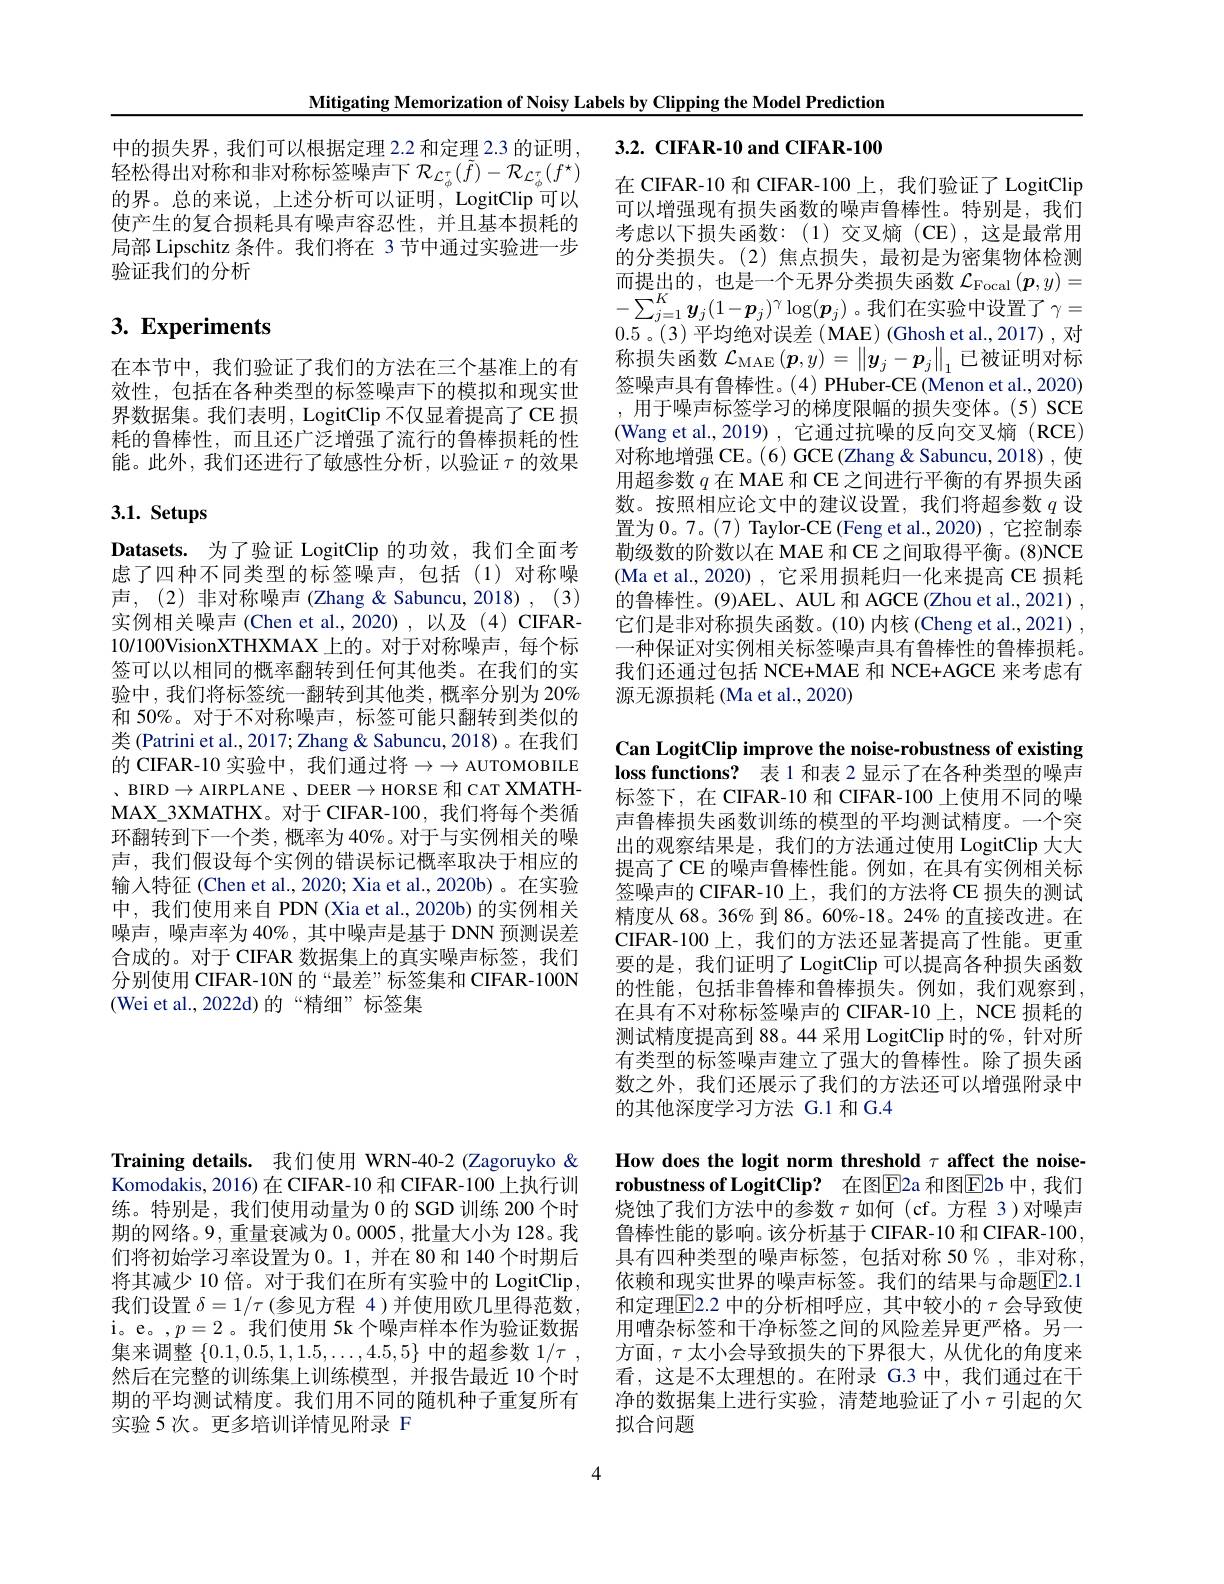
Mitigating Memorization of Noisy Labels by Clipping the Model Prediction

# 中的损失界，我们可以根据定理 2.2 和定理 2.3 的证明，3.2. CIFAR-10 and CIFAR-100

轻松得出对称和非对称标签噪声下$\mathcal{R}_{\mathcal{L}_\phi^\tau}(\tilde{f})-\mathcal{R}_{\mathcal{L}_\phi^\tau}(f^\star)$ 的界。总的来说，上述分析可以证明，LogitClip 可以使产生的复合损耗具有噪声容忍性，并且基本损耗的局部 Lipschitz 条件。我们将在 3 节中通过实验进一步验证我们的分析

# 3. Experiments

在本节中，我们验证了我们的方法在三个基准上的有效性，包括在各种类型的标签噪声下的模拟和现实世界数据集。我们表明，LogitClip 不仅显着提高了 CE 损耗的鲁棒性，而且还广泛增强了流行的鲁棒损耗的性能。此外，我们还进行了敏感性分析，以验证$\tau$的效果

在 CIFAR-10 和 CIFAR-100 上，我们验证了 LogitClip 可以增强现有损失函数的噪声鲁棒性。特别是，我们考虑以下损失函数：(1)交叉熵(CE),这是最常用的分类损失。(2)焦点损失，最初是为密集物体检测而 提 出 的 , 也 是 一 个 无 界 分 类 损 失 函 数 $\mathcal{L} _{\mathrm{Focal}}( \boldsymbol{p}, y) =$ $- \sum _{j= 1}^K\boldsymbol{y}_j( 1- \boldsymbol{p}_j) ^\gamma \log ( \boldsymbol{p}_j)$。我 们 在 实 验 中 设 置 了 $\gamma =$ 0.5。(3)平均绝对误差(MAE)(Ghoshetal.,2017),对称损失函数$\mathcal{L}_\mathrm{MAE}\left(\boldsymbol{p},y\right)=\left\|\boldsymbol{y}_j-\boldsymbol{p}_j\right\|_1$已被证明对标签噪声具有鲁棒性。(4) PHuber-CE (Menon et al., 2020) ,用于噪声标签学习的梯度限幅的损失变体。(5) SCE 对称地增强 CE。(6) GCE (Zhang & Sabuncu, 2018) ,使用超参数$q$在 MAE 和 CE 之间进行平衡的有界损失函数。按照相应论文中的建议设置，我们将超参数$q$设置为0。7。(7) Taylor-CE (Feng et al.,2020) ,它控制泰勒级数的阶数以在 MAE 和 CE 之间取得平衡。(8)NCE (Ma et al., 2020), 它采用损耗归一化来提高 CE 损耗的鲁棒性。(9)AEL、AUL 和 AGCE (Zhou et al., 2021) 它们是非对称损失函数。(10)内核(Cheng et al.,2021) , 一种保证对实例相关标签噪声具有鲁棒性的鲁棒损耗。我们还通过包括 NCE+MAE 和 NCE+AGCE 来考虑有源无源损耗 (Ma et al., 2020)

# 3.1. Setups

Datasets. 为了验证 LogitClip 的功效，我们全面考虑了四种不同类型的标签噪声，包括(1)对称噪声，(2) 非对称噪声 (Zhang & Sabuncu, 2018) , (3) 实例相关噪声(Chen et al.,2020),以及(4)CIFAR- 10/100VisionXTHXMAX 上的。对于对称噪声，每个标签可以以相同的概率翻转到任何其他类。在我们的实验中，我们将标签统一翻转到其他类，概率分别为 20% 和 50%。对于不对称噪声，标签可能只翻转到类似的类 (Patrini et al., 2017; Zhang & Sabuncu, 2018) 。在我们的 CIFAR-10 实验中，我们通过将$\to\to$ AUTOMOBILE 、BIRD $\to$AIRPLANE 、DEER $\to$HORSE 和 CAT XMATHMAX\_3XMATHX。对于 CIFAR-100, 我们将每个类循环翻转到下一个类，概率为 40%。对于与实例相关的噪声，我们假设每个实例的错误标记概率取决于相应的输入特征 (Chen et al., 2020; Xia et al., 2020b)。在实验中，我们使用来自 PDN (Xia et al., 2020b) 的实例相关噪声，噪声率为 40%, 其中噪声是基于 DNN 预测误差合成的。对于 CIFAR 数据集上的真实噪声标签，我们分别使用 CIFAR-10N 的“最差”标签集和 CIFAR-100N (Wei et al.,2022d)的“精细”标签集

Can LogitClip improve the noise-robustness of existing loss functions? 表 1 和表 2 显示了在各种类型的噪声标签下，在 CIFAR-10 和 CIFAR-100 上使用不同的噪声鲁棒损失函数训练的模型的平均测试精度。一个突出的观察结果是，我们的方法通过使用 LogitClip 大大提高了 CE 的噪声鲁棒性能。例如，在具有实例相关标签噪声的 CIFAR-10 上，我们的方法将 CE 损失的测试精度从 68。36% 到 86。60%-18。24% 的直接改进。在CIFAR-100 上，我们的方法还显著提高了性能。更重要的是，我们证明了 LogitClip 可以提高各种损失函数的性能，包括非鲁棒和鲁棒损失。例如，我们观察到， 在具有不对称标签噪声的 CIFAR-10 上，NCE 损耗的测试精度提高到 88。44 采用 LogitClip 时的%,针对所有类型的标签噪声建立了强大的鲁棒性。除了损失函数之外，我们还展示了我们的方法还可以增强附录中的其他深度学习方法 G.1 和 G.4

Training details. 我们使用 WRN-40-2 (Zagoruyko & Komodakis, 2016) 在 CIFAR-10 和 CIFAR-100 上执行训练。特别是，我们使用动量为0 的 SGD 训练 200 个时期的网络。9, 重量衰减为 0。0005, 批量大小为 128。我们将初始学习率设置为0。1,并在 80 和 140 个时期后将其减少 10 倍。对于我们在所有实验中的 LogitClip , 我们设置$\delta=1/\tau$ (参见方程 4)并使用欧几里得范数， i。e。,$p=2$。我们使用 5k 个噪声样本作为验证数据集来调整$\{0.1,0.5,1,1.5,\ldots,4.5,5\}$中的超参数$1/\tau$ , 然后在完整的训练集上训练模型，并报告最近 10 个时期的平均测试精度。我们用不同的随机种子重复所有实验 5 次。更多培训详情见附录 F

How does the logit norm threshold $\tau$ affect the noiserobustness of LogitClip? 在图E2a 和图E2b 中，我们烧蚀了我们方法中的参数$\tau$如何(cf。方程 3)对噪声鲁棒性能的影响。该分析基于 CIFAR-10 和 CIFAR-100具有四种类型的噪声标签，包括对称 50%,非对称依赖和现实世界的噪声标签。我们的结果与命题$\overline{\mathrm{F}}$2.1和定理$\boxed{\mathrm{E}}$2.2 中的分析相呼应，其中较小的 $\tau$ 会导致使用嘈杂标签和干净标签之间的风险差异更严格。另一方面，$\tau$太小会导致损失的下界很大，从优化的角度来看，这是不太理想的。在附录 G.3 中，我们通过在干净的数据集上进行实验，清楚地验证了小 $\tau$引起的欠拟合问题

4